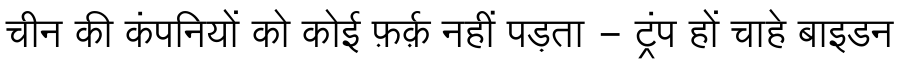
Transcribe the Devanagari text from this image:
चीन की कंपनियों को कोई फ़र्क़ नहीं पड़ता - ट्रंप हों चाहे बाइडन